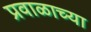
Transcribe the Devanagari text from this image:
प्रवाळाच्या